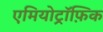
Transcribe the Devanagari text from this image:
एमियोट्रॉफ़िक